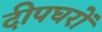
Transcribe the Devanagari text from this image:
दीपघरों